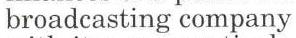
broadcasting company